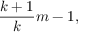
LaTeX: { \frac { k + 1 } { k } } m - 1 ,